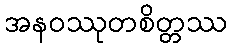
အနဝဿုတစိတ္တဿ